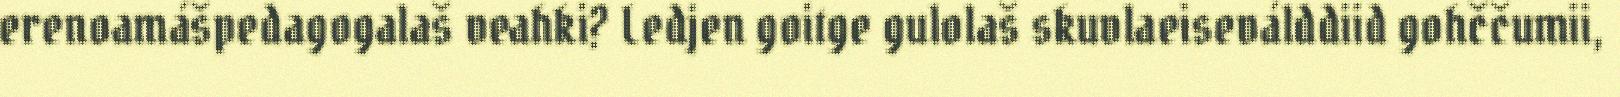
erenoamášpedagogalaš veahki? Ledjen goitge gulolaš skuvlaeiseválddiid gohččumii,